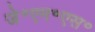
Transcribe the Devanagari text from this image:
जे॰एन॰एस॰